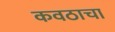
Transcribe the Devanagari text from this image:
कवठाचा